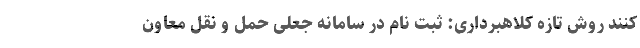
کنند روش تازه کلاهبرداری: ثبت نام در سامانه جعلی حمل و نقل معاون